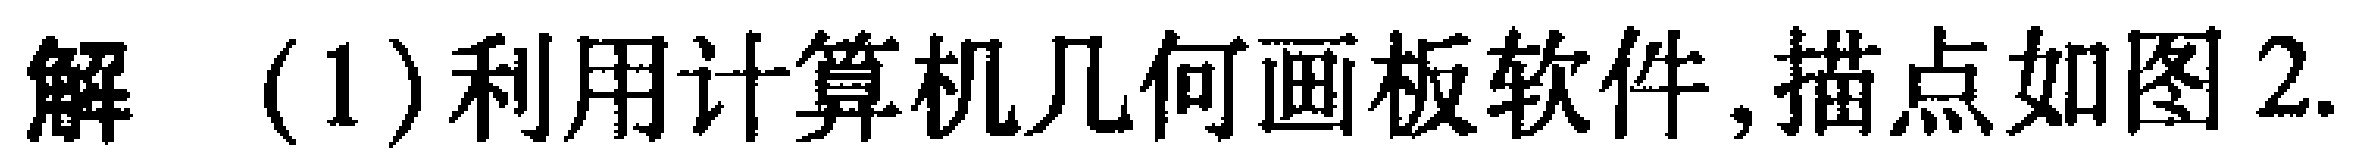
解 (1)利用计算机几何画板软件,描点如图2.